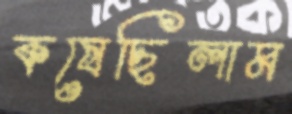
কষেছিলাম